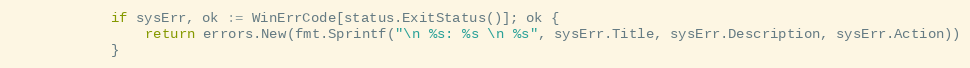
Language: Go
			if sysErr, ok := WinErrCode[status.ExitStatus()]; ok {
				return errors.New(fmt.Sprintf("\n %s: %s \n %s", sysErr.Title, sysErr.Description, sysErr.Action))
			}